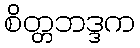
စိတ္တဘဒ္ဒက